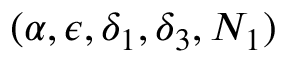
( \alpha , \epsilon , \delta _ { 1 } , \delta _ { 3 } , N _ { 1 } )